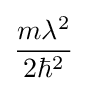
{\frac {m\lambda ^{2}}{2\hbar ^{2}}}